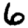
Digit: 6